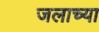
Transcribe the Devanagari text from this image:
जलाच्या